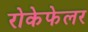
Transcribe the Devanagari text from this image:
रोकेफेलर